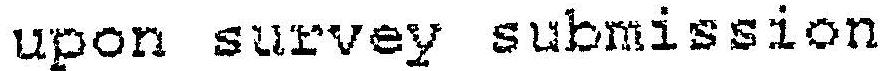
UPON SURVEY SUBMISSION